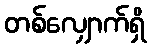
တစ်လျှောက်ရှိ